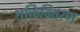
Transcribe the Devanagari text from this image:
शक्तिवितरण